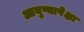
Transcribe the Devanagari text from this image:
आयुष्यापेक्षा